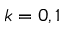
k = 0 , 1